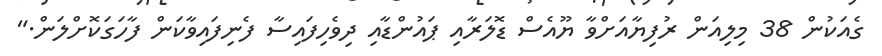
ގެއަކުން 38 މިލިއަން ރުފިޔާއަށްވާ ޔޫއެސް ޑޮލަރާއި ޕައުންޑާއި ދިވެހިފައިސާ ފެނިފައިވާކަން ފާހަގަކޮށްލަން."